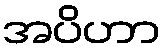
အပိဟာ